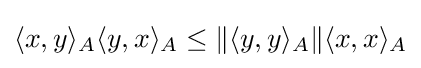
\langle x,y\rangle _{A}\langle y,x\rangle _{A}\leq \Vert \langle y,y\rangle _{A}\Vert \langle x,x\rangle _{A}